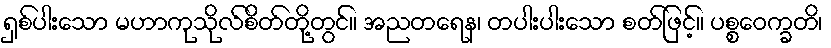
ရှစ်ပါးသော မဟာကုသိုလ်စိတ်တို့တွင်။ အညတရေန၊ တပါးပါးသော စတ်ဖြင့်။ ပစ္စဝေက္ခတိ၊